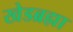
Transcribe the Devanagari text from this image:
खेडब्रह्मा